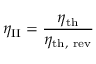
\eta _ { \mathrm { I I } } = { \frac { \eta _ { \mathrm { t h } } } { \eta _ { \mathrm { t h , ~ r e v } } } }